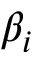
\beta _ { i }